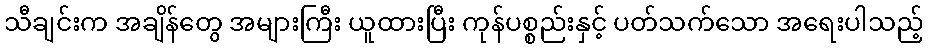
သီချင်းက အချိန်တွေ အများကြီး ယူထားပြီး ကုန်ပစ္စည်းနှင့် ပတ်သက်သော အရေးပါသည့်